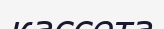
кассета